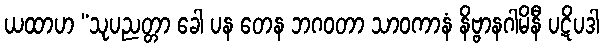
ယထာဟ “သုပညတ္တာ ခေါ ပန တေန ဘဂဝတာ သာဝကာနံ နိဗ္ဗာနဂါမိနီ ပဋိပဒါ